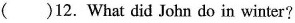
()12. What did John do in winter?